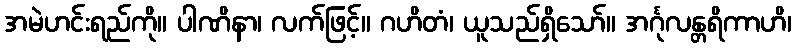
အမဲဟင်းရည်ကို။ ပါဏိနာ၊ လက်ဖြင့်။ ဂဟိတံ၊ ယူသည်ရှိသော်။ အင်္ဂုလန္တရိကာဟိ၊